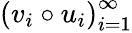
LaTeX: \left(v_{i}\circ u_{i}\right)_{i=1}^{\infty}